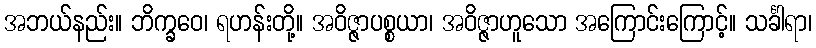
အဘယ်နည်း။ ဘိက္ခဝေ၊ ရဟန်းတို့။ အဝိဇ္ဇာပစ္စယာ၊ အဝိဇ္ဇာဟူသော အကြောင်းကြောင့်။ သင်္ခါရာ၊